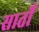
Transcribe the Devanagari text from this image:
सातोँ